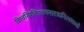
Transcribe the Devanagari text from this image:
विश्वस्थितिप्रलयनाटकनित्यसाक्षी